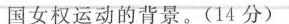
国女权运动的背景。(14分)